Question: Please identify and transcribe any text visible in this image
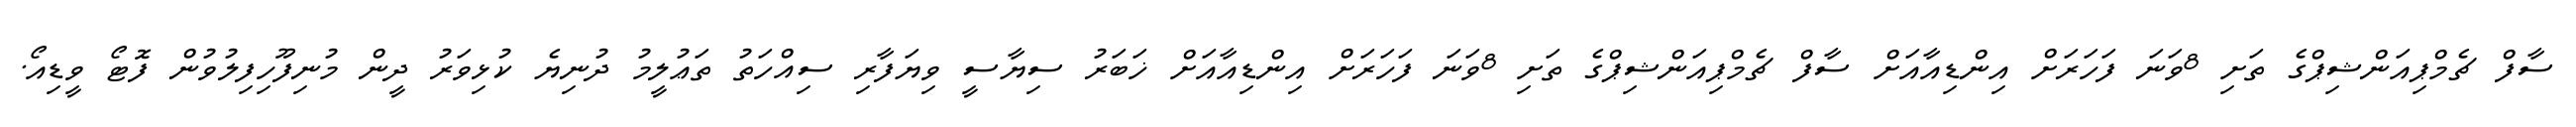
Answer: ސާފް ޗެމްޕިއަންޝިޕްގެ ތަށި 8ވަނަ ފަހަރަށް އިންޑިއާއަށް ސާފް ޗެމްޕިއަންޝިޕްގެ ތަށި 8ވަނަ ފަހަރަށް އިންޑިއާއަށް ޚަބަރު ސިޔާސީ ވިޔަފާރި ސިއްހަތު ތަޢުލީމު ދުނިޔެ ކުޅިވަރު ދީން މުނިފޫހިފިލުވުން ފޮޓޯ ވީޑިއޯ.